Vaccination in the Punjab 1883-1896 - 1883-1896
Year: 1883
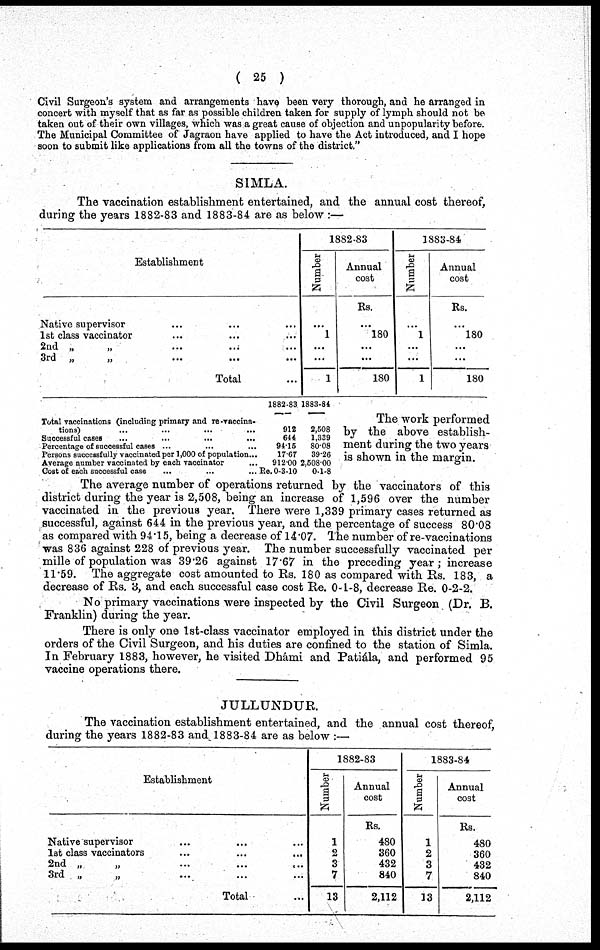
( 25 )
Civil Surgeon's system and arrangements have been very thorough, and he arranged in
concert with myself that as far as possible children taken for supply of lymph should not be
taken out of their own villages, which was a great cause of objection and unpopularity before.
The Municipal Committee of Jagraon have applied to have the Act introduced, and I hope
soon to submit like applications from all the towns of the district."
SIMLA.
The vaccination establishment entertained, and the annual cost thereof,
during the years 1882-83 and 1883-84 are as below :—
Establishment
Native supervisor ... ... ...
1st class vaccinator ... ... ...
2nd „
„ ... ... ...
3rd „
„
...
...
...
Total ...
1882-83
Number
...
1
...
...
1
Annual
cost
Rs.
...
180
...
...
180
1883-84
Number
...
1
...
...
1
Annual
cost
Rs.
...
180
...
...
180
Total vaccinations (including primary and re-vaccina-
tions) ... ... ... ...
Successful cases ... ... ... ...
Percentage of successful cases ... ... ...
Persons successfully vaccinated per 1,000 of population...
Average number vaccinated by each vaccinator ...
Cost of each successful case ... ... ...
1882-83
912
644
94.15
17.67
912.00
Re. 0-3-10
1883-84
2,508
1,339
80.08
39.26
2,508.00
0-1-8
The work performed
by the above establish-
ment during the two years
is shown in the margin.
The average number of operations returned by the vaccinators of this
district during the year is 2,508, being an increase of 1,596 over the number
vaccinated in the previous year. There were 1,339 primary cases returned as
successful, against 644 in the previous year, and the percentage of success 80.08
as compared with 94.15, being a decrease of 14.07. The number of re-vaccinations
was 836 against 228 of previous year. The number successfully vaccinated per
mille of population was 39.26 against 17.67 in the preceding year; increase
11.59. The aggregate cost amounted to Rs. 180 as compared with Rs. 183, a
decrease of Rs. 3, and each successful case cost Re. 0-1-8, decrease Re. 0-2-2.
No primary vaccinations were inspected by the Civil Surgeon (Dr. B.
Franklin) during the year.
There is only one 1st-class vaccinator employed in this district under the
orders of the Civil Surgeon, and his duties are confined to the station of Simla.
In February 1883, however, he visited Dhámi and Patiála, and performed 95
vaccine operations there.
JULLUNDUR.
The vaccination establishment entertained, and the annual cost thereof,
during the years 1882-83 and 1883-84 are as below :—
Establishment
Native supervisor ... ... ...
1st class vaccinators ... ... ...
2nd „
„ ... ... ...
3rd „
„
...
...
...
Total ...
1882-83
Number
1
2
3
7
13
Annual
cost
Rs.
480
360
432
840
2,112
1883-84
Number
1
2
3
7
13
Annual
cost
Rs.
480
360
432
840
2,112